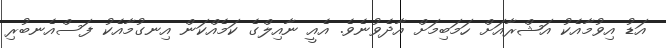
އަޑު އިވުމާއެކު އަޝްރާއަށް ހަމަބިމަށް އާދެވުނެވެ. އެއީ ނާއިލްގެ ކަމެއްކަން އިނގުމާއެކު ފަސްއެނބުރި